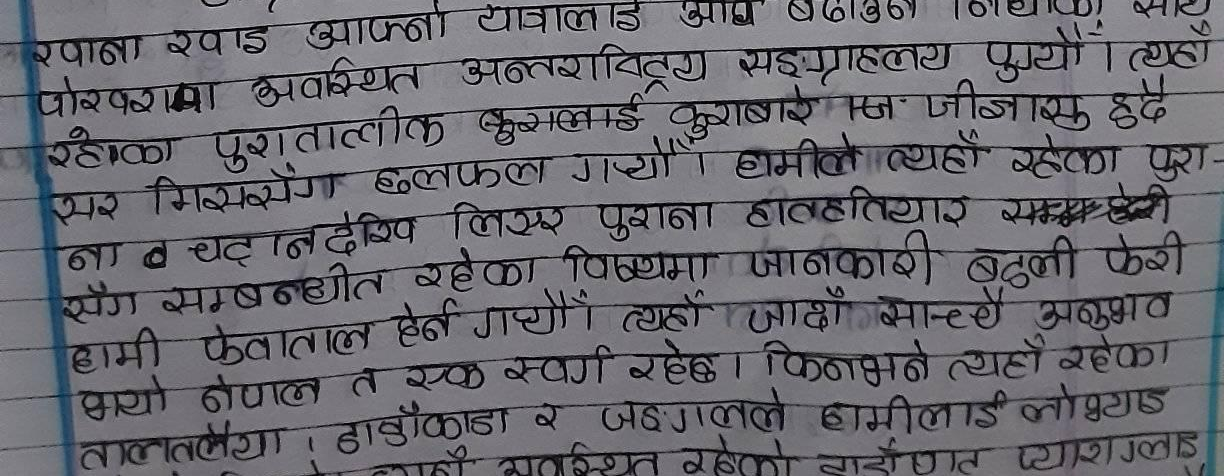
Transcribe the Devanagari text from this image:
रखाना खाइ आफ्नो यात्रालाई आध बढाउन
पोखरामा अवस्थित अन्तराष्ट्रिय सङ्‌ग्राहलय पुग्यौं। त्यहाँ
रहेका पुरातात्वीक कुरालाई कुराबारे जिज्ञासु हुदै
सर मिससँग छलफल गयौं। हामीले त्यहाँ रहेका पुरा-
नाव चट्टानदेखि लिएर पुराना हातहतियार सम्म हेरी
सँग सम्बन्धीत रहेका विषयमा जानकारी बदली फेरी
हामी फेवाताल हेर्न गयौं। त्यहाँ जादाँ साच्चै अनुभव
भयो नेपाल त एक स्वर्ग रहेछ । किनभने त्यहाँ रहेका
तालतलैया, डाडाँकाडा र जङ्‌गलले हामीलाई लोभ्याउँछ
व्यवस्थित रहेको दाइरात प्याराग्लाइ
V